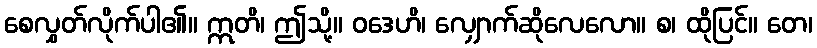
စေလွှတ်လိုက်ပါ၏။ ဣတိ၊ ဤသို့။ ဝဒေဟိ၊ လျှောက်ဆိုလေလော။ စ၊ ထိုပြင်။ တေ၊